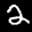
Label: 2